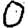
Digit: 0